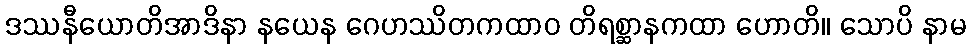
ဒဿနီယောတိအာဒိနာ နယေန ဂေဟဿိတကထာဝ တိရစ္ဆာနကထာ ဟောတိ။ သောပိ နာမ